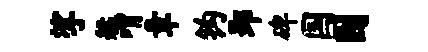
挲艋喟章钩郢碑国园